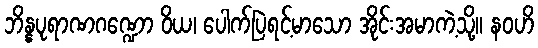
ဘိန္နပုရာဏဂဏ္ဍော ဝိယ၊ ပေါက်ပြဲရင့်မာသော အိုင်းအမာကဲ့သို့။ နဝဟိ